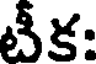
టీక: